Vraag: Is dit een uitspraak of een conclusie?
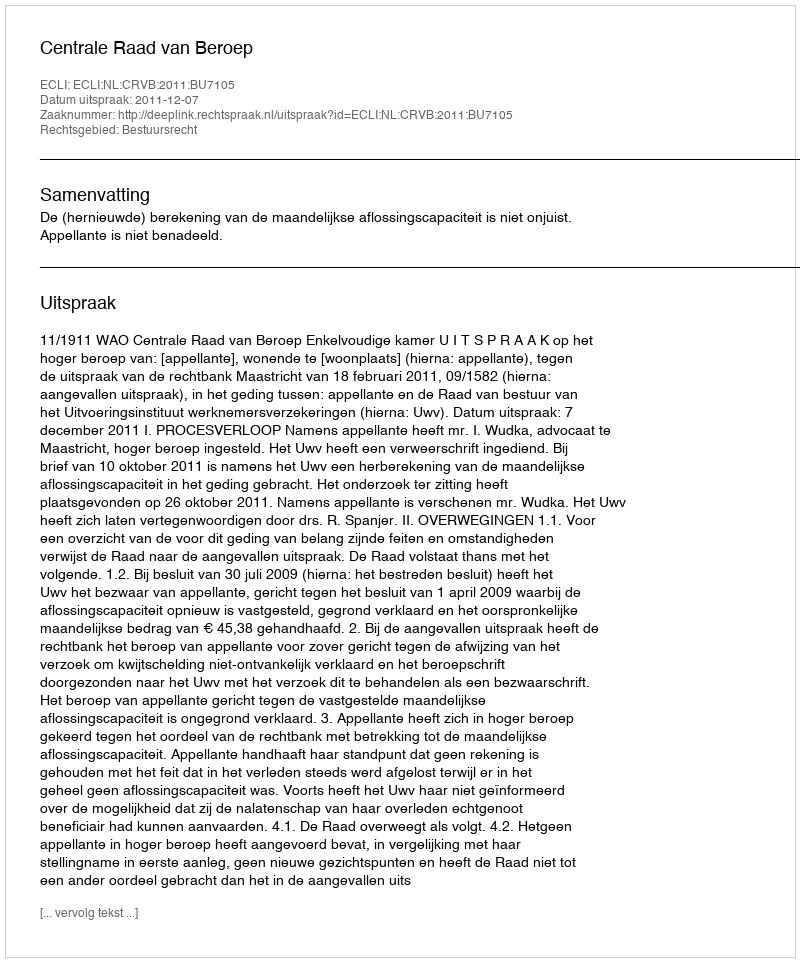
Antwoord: Uitspraak